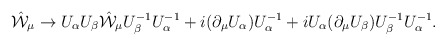
\begin{align*}\hat{\cal W}_{\mu} \to U_{\alpha} U_{\beta} \hat{\cal W}_{\mu} U_{\beta}^{-1} U_{\alpha}^{-1} + i (\partial_{\mu} U_{\alpha} ) U_{\alpha}^{-1} + i U_{\alpha}(\partial_{\mu} U_{\beta}) U_{\beta}^{-1}U_{\alpha}^{-1}.\end{align*}